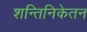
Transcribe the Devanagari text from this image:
शन्तिनिकेतन